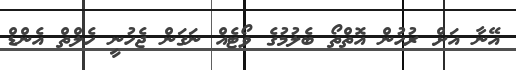
އޭނާ އަށް ރުހުން އޮތްތޯ ބެލުމުގެ ވޯޓެއް ނަގަން ޖެހުނީ ހެލްތް އެންޑް